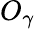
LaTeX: O_{\gamma}